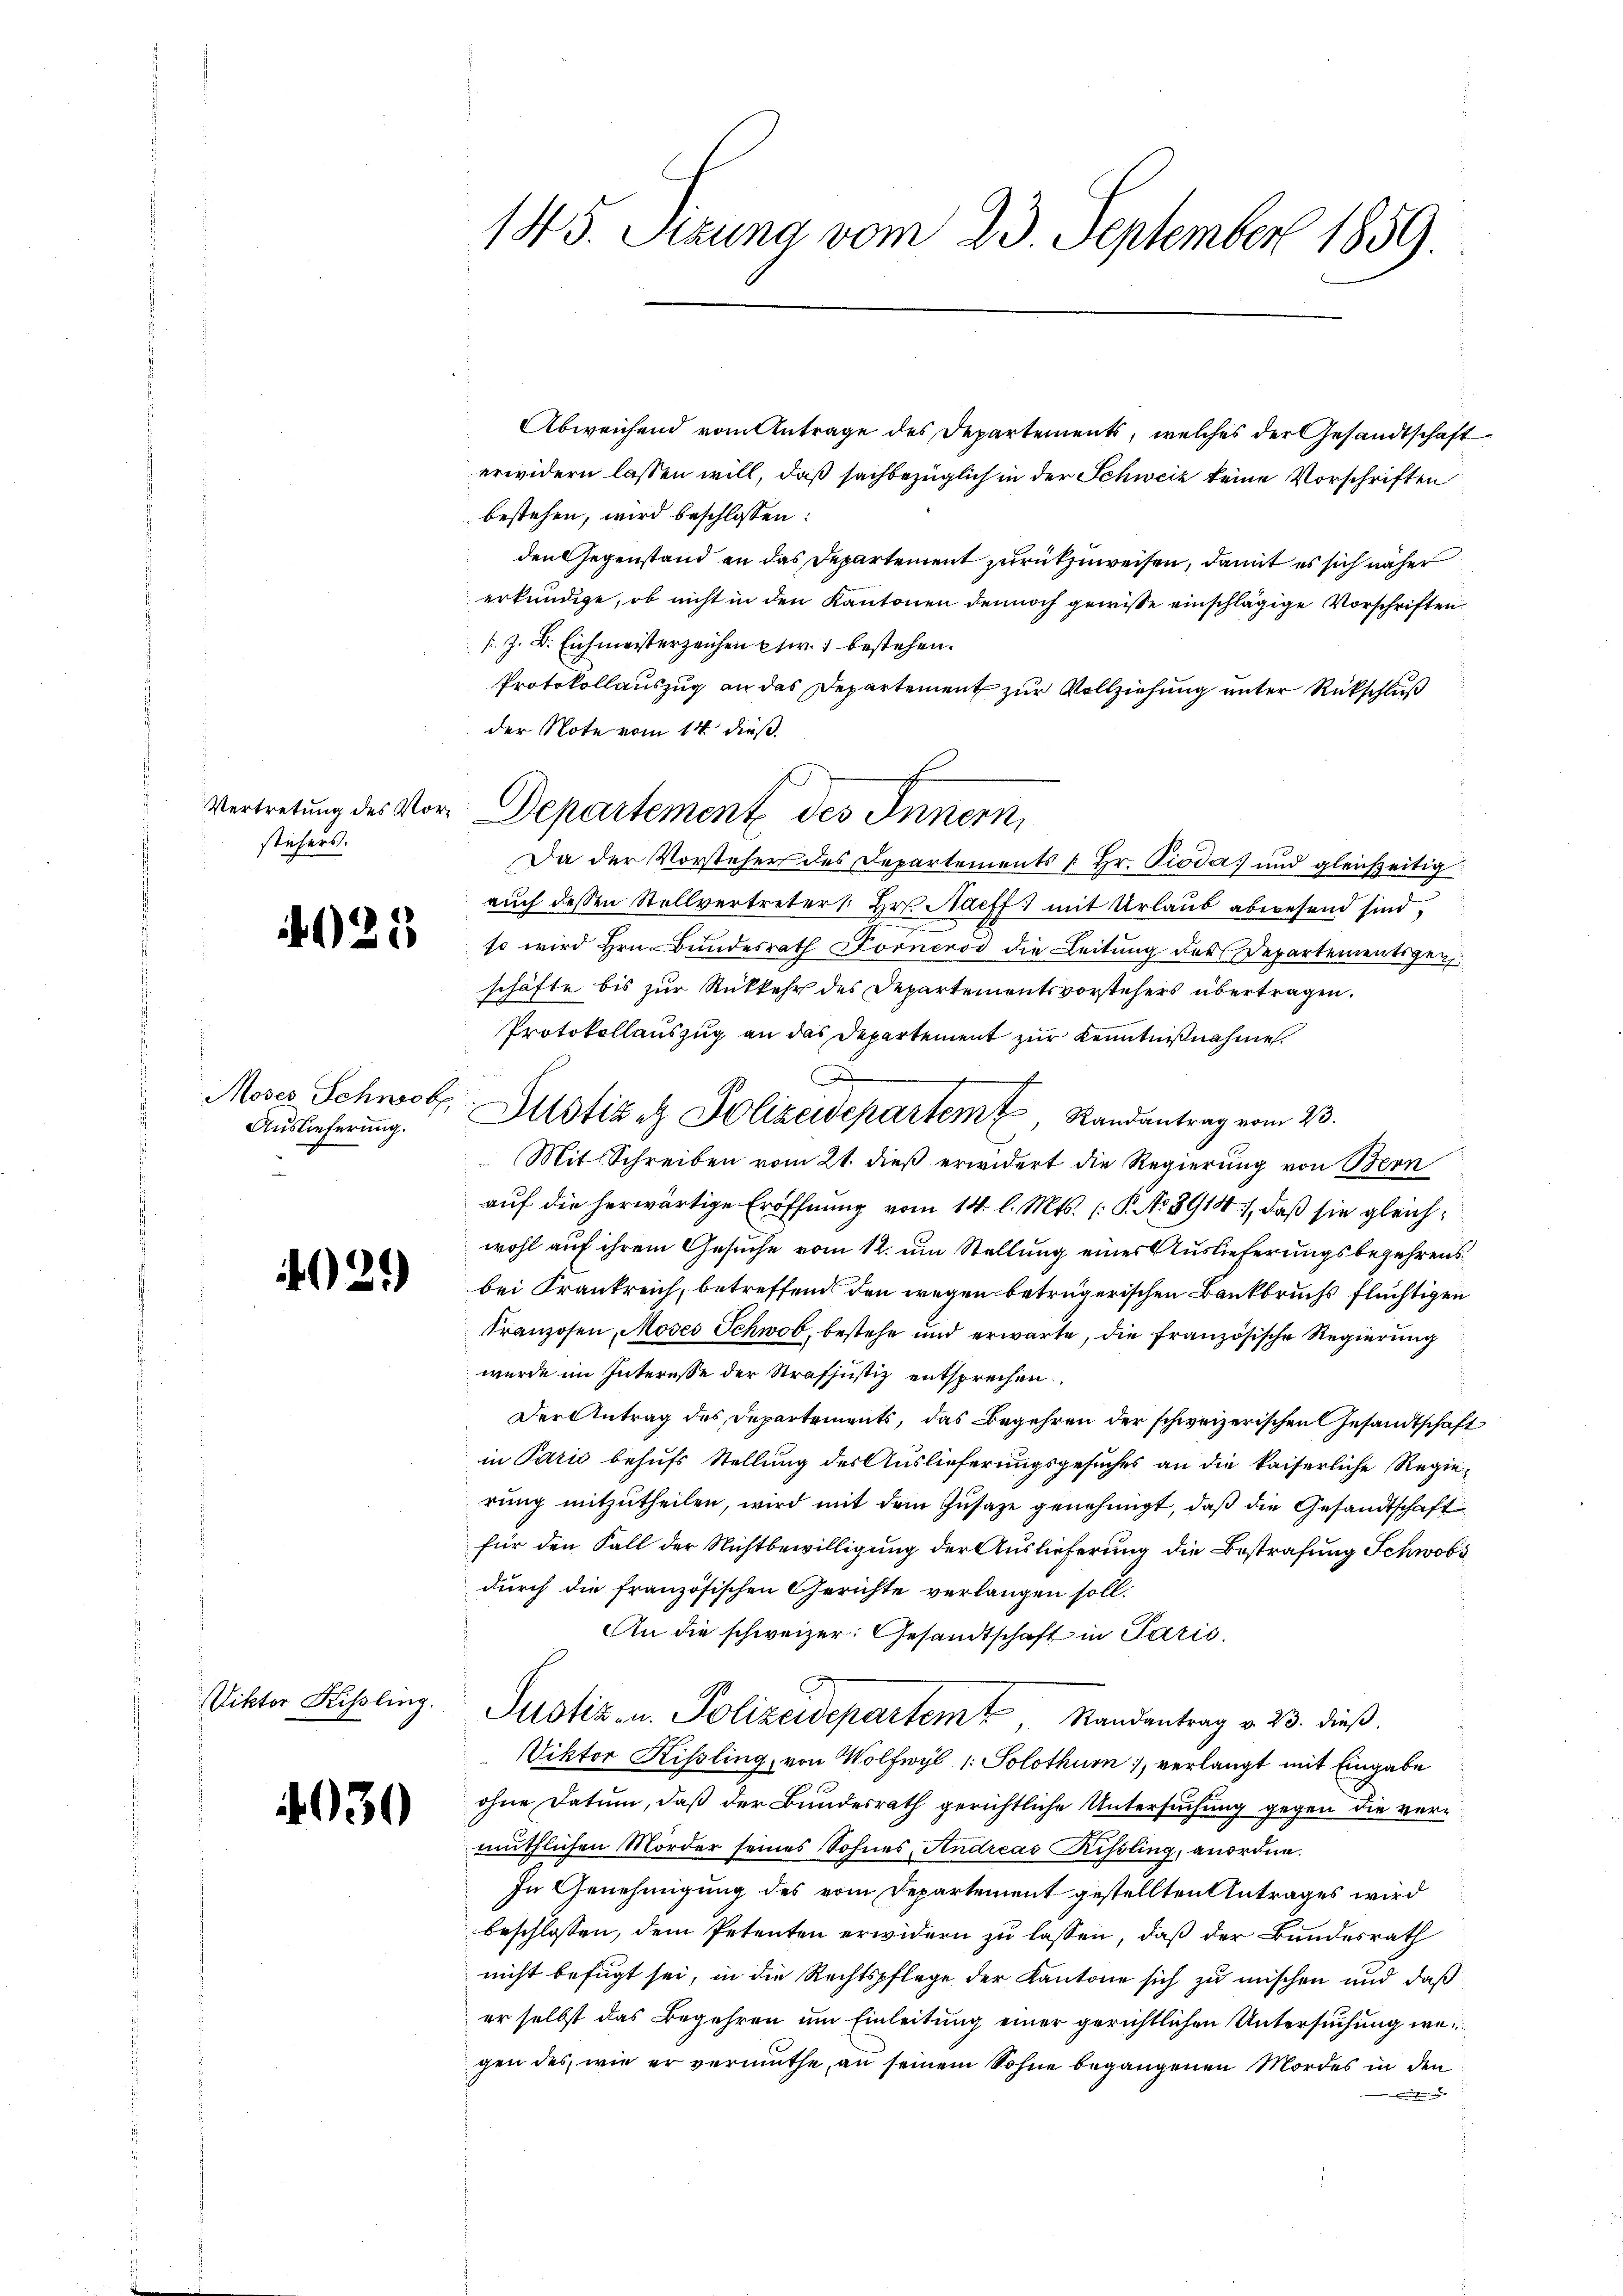
stifers.

21

Moses Schnob
Auslieferung.

.
402.

iktor Rissling.

4030

145. Pezuna vom 23. September 1859

Abweichend vom Antrage des Departements, welches der Gesandtschaft
erwidern lassen will, daß sachbezüglich in der Schweiz keine Vorschriften
bestehen, wird beschlossen:
den Gegenstand an das Departement zurückzuweisen, damit es sich näher
erkundige, ob nicht in den Kantonen dennoch gewisse einschlägige Vorschriften
[z. B. Eichmeisterzeichen etw. 1 bestehen.
Protokollauszug an das Departement zur Vollziehung unter Rückschluß
der Note vom 14. dieß.
Da der Vorsteher des Departements u Hr. Pioda) und gleichzeitig
aŭch dessen Stellvertreters. Hr. Naeff. mit Urlaŭb abwesend sind,
so wird Hrn. Bundesrath Horneros die Leitung der Departementigen
schäfte bis zur Rückkehr des Departementsvorstehers übertragen.
Protokollauszug an das Departement zur Kenntnißnahme.
Justiz et Polizeidepartemt, Randantrag vom 23.
Mit Schreiben vom 21. dieß erwidert die Regierung von Bern
auf die herwärtige Eröffnung vom 14. l. Mts. (: P. No 8914), daß sie gleichwohl auf ihrem Gesuche vom 12. um Stellung eines Auslieferungsbegehrensbei Frankreich, betreffend den wegen betrügerischen Bankbruchs flüchtigen
kranzosen, Moses Schwob, bestehe und erwarte, die französische Regierung
wurde im Interesse der Strafjustiz entsprechen
Der Antrag des Departements, das Begehren der schweizerischen Gesandtschaft
in Parić behufs Stellung des Auslieferungsgesuches an die kaiserliche Regierung mitzutheilen, wird mit dem Zusatze genehmigt, daß die Gesandtschaft
für den Fall der Nichtbewilligung der Auslieferung die Bestrafung Schwbs
durch die französischen Gerichte verlangen soll.
An die schweizer: Gesandtschaft in Paris
Justiz- u. Polizeidepartem Randantrag v. 23. dieß.
Viktor Kissling, von Wolfwyl 1: Solothurn, verlangt mit Eingabe
ohne Datum, daß der Bundesrath gerichtliche Untersuchung gegen die vermuthlichen Mörder seines Sohnes, Andreas Rissling, anordne.
In Genehmigung des vom Departement gestellten Antrages wird
beschlossen, dem Petenten erwidern zu lassen, daß der Bundesrath
nicht befugt sei, in die Rechtspflege der Kantone sich zu mischen und daß
er selbst das Begehren um Einleitung einer gerichtlichen Untersuchung wegen des, wie er vermuthe, an seinem Sohne begangenen Mordes in den
n

Vertretung des Vor- Departement des Innern,